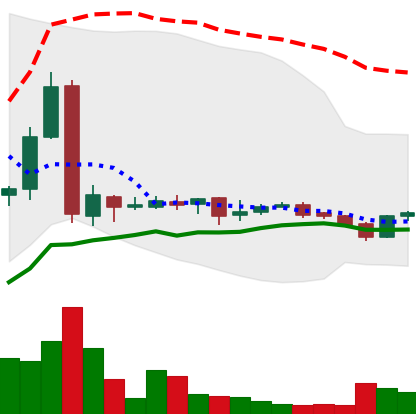
Ticker: LTC-USD
Chart end date: 2017-01-27
Forward return: 5.691%
Label: up_5_7